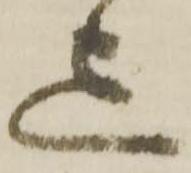
迄